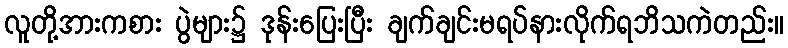
လူတို့အားကစား ပွဲများ၌ ဒုန်းပြေးပြီး ချက်ချင်းမရပ်နားလိုက်ရဘိသကဲတည်း။